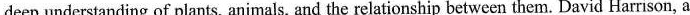
deep understanding of plants, animals, and the relationship between them. David Harrison, a